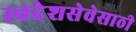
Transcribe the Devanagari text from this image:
स्वदेशसेवेसाठी